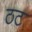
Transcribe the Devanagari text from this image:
ठट